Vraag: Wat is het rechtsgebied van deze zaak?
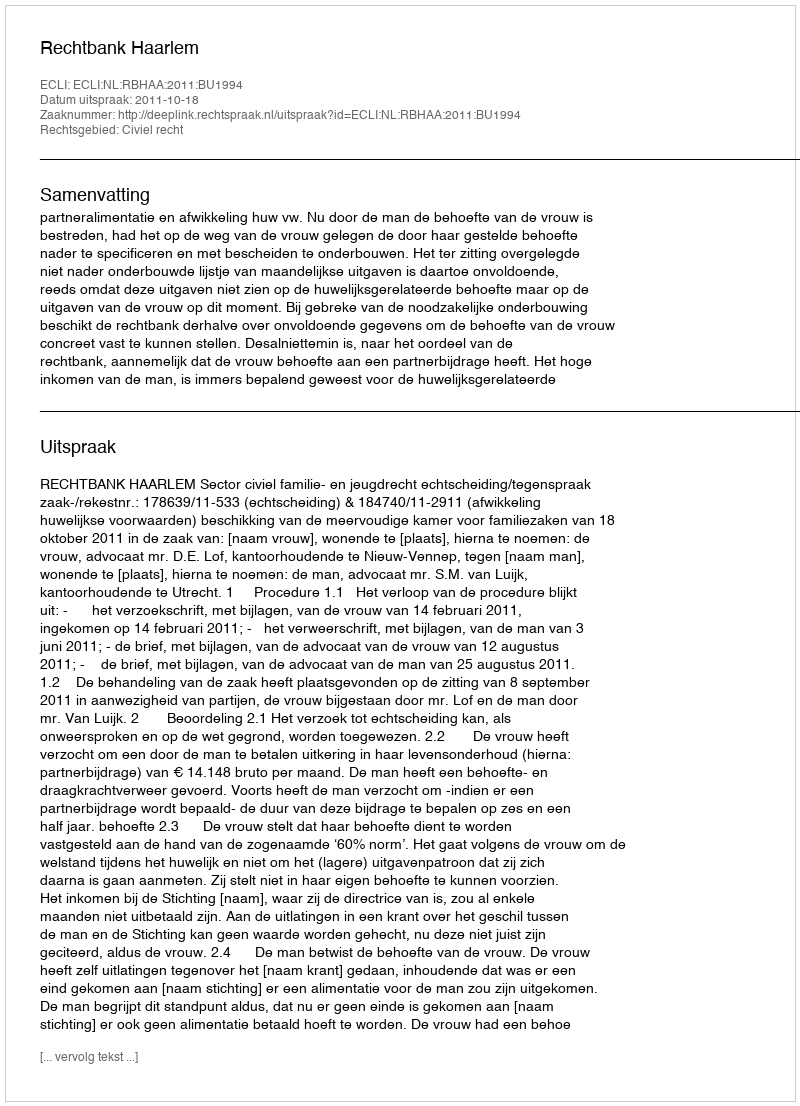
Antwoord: Civiel recht